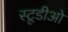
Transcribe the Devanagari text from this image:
स्टूडीओ